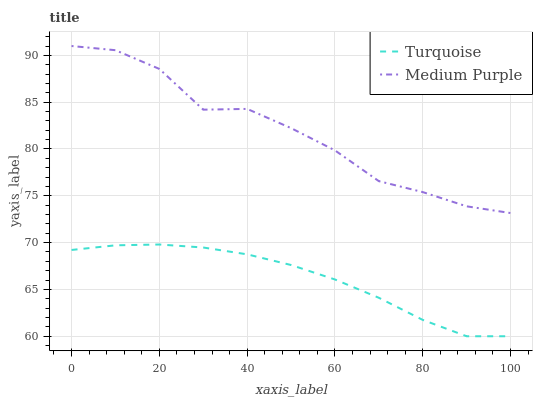
| xaxis_label | Turquoise | Medium Purple |
 | --- | --- | --- |
 | 0 | 69.2 | 91 |
 | 10 | 69.7 | 90.6 |
 | 20 | 69.8 | 88.6 |
 | 30 | 69.5 | 84.2 |
 | 40 | 68.7 | 84.3 |
 | 50 | 67.6 | 82.2 |
 | 60 | 66.1 | 79.9 |
 | 70 | 64.1 | 76.6 |
 | 80 | 61.7 | 75.4 |
 | 90 | 60 | 73.9 |
 | 100 | 60 | 73.2 |